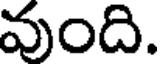
వుంది.